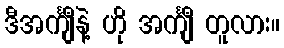
ဒီအင်္ကျီနဲ့ ဟို အင်္ကျီ တူလား။